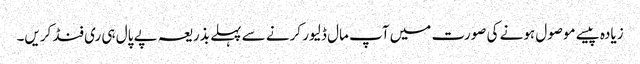
زیادہ پیسے موصول ہونے کی صورت میں آپ مال ڈلیور کرنے سے پہلے بذریعہ پے پال ہی ری فنڈ کریں۔